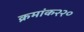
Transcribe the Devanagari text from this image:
क्रमांक२२०